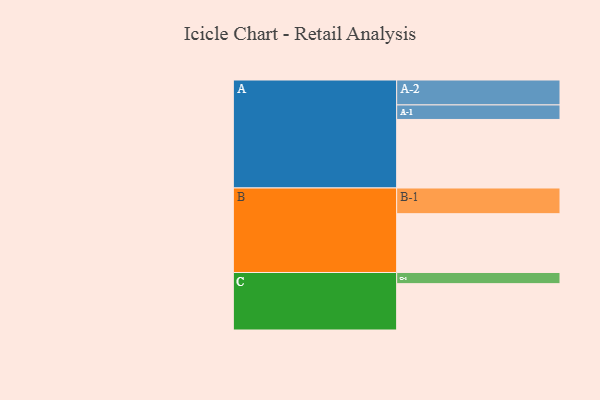
{"axis": {"x": "Segment", "y": "Value"}, "legend": ["", "A", "B", "C"], "data": [{"x": "A", "y": 528, "type": ""}, {"x": "B", "y": 453, "type": ""}, {"x": "C", "y": 357, "type": ""}, {"x": "A-1", "y": 112, "type": "A"}, {"x": "A-2", "y": 192, "type": "A"}, {"x": "B-1", "y": 198, "type": "B"}, {"x": "C-1", "y": 86, "type": "C"}]}